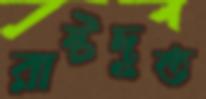
রাষ্টদূত